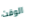
الوقت